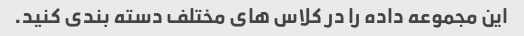
این مجموعه داده را در کلاس های مختلف دسته بندی کنید.